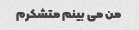
من می بینم متشکرم